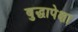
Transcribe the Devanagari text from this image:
बुद्धापेक्षा